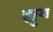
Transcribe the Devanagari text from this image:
ह्युम